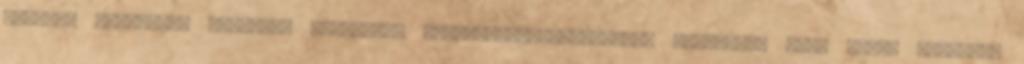
fellépő élemedett rockerek szánalmas „lázadás”-marketingje. Lázadásuk mára külön iparággá